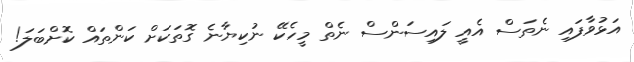
އަޅުވާފައި ނެތަސް އެއީ ލައިސަންސް ނެތް މީހެކޭ ނުކިޔާނެ ގޮތަކަށް ކަންތައް ކޮށްބަލަ!